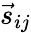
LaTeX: \vec{s}_{ij}